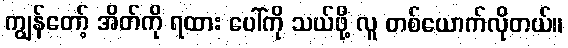
ကျွန်တော့် အိတ်ကို ရထား ပေါ်ကို သယ်ဖို့ လူ တစ်ယောက်လိုတယ်။